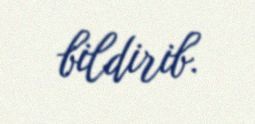
bildirib.